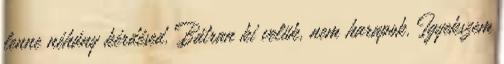
lenne néhány kérdésed. Bátran ki velük, nem harapok. Igyekszem